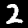
Label: 2